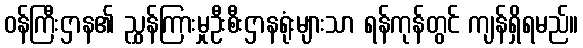
ဝန်ကြီးဌာန၏ ညွှန်ကြားမှုဦးစီးဌာနရုံးများသာ ရန်ကုန်တွင် ကျန်ရှိရမည်။